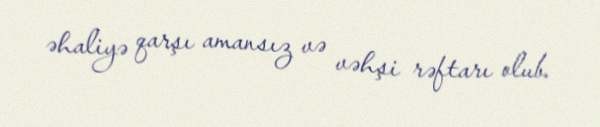
əhaliyə qarşı amansız və vəhşi rəftarı olub.